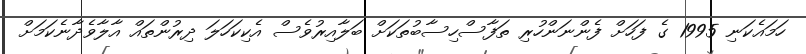
ހަމައެކަނި 1995 ގެ ފަހަށް ފެންނަންހުރި ތަފާސްހިސާބުތަކަށް ބަލާއިރުވެސް އެކިކަހަލަ ދިރުންތައް އާލާވެދާނެކަމަށް